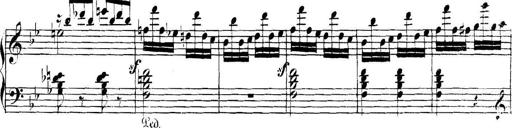
Title: Collected Piano Sonatas
Composer: Muzio Clementi